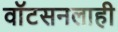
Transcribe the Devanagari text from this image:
वाॅटसनलाही